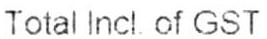
TOTAL INCL OF GST :